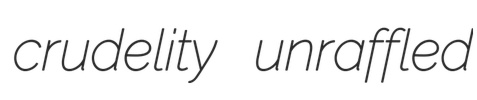
crudelity unraffled